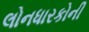
લોનધારકોની